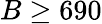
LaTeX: B\geq 690